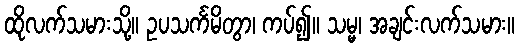
ထိုလက်သမားသို့။ ဥပသင်္ကမိတွာ၊ ကပ်၍။ သမ္မ၊ အချင်းလက်သမား။